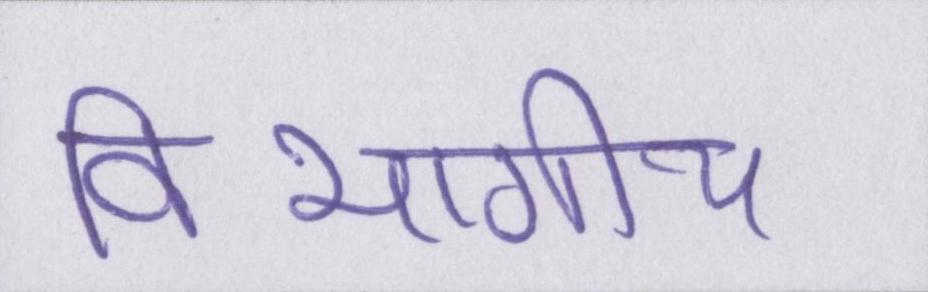
विभागीय